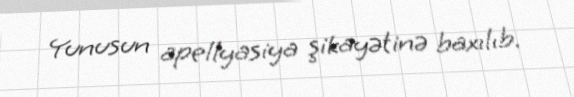
Yunusun apellyasiya şikayətinə baxılıb.